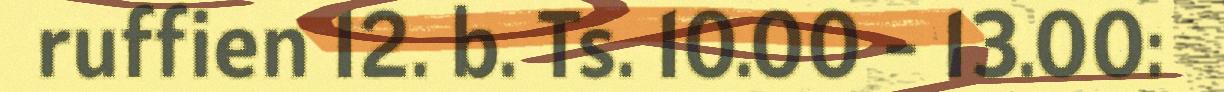
ruffien 12. b. Ts. 10.00 - 13.00: